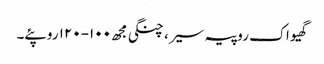
گھیو اک روپیہ سیر، چنگی مجھ ١٠٠-١٢٠ روپئے۔